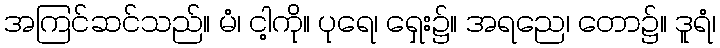
အကြင်ဆင်သည်။ မံ၊ ငါ့ကို။ ပုရေ၊ ရှေး၌။ အရညေ၊ တော၌။ ဒူရံ၊